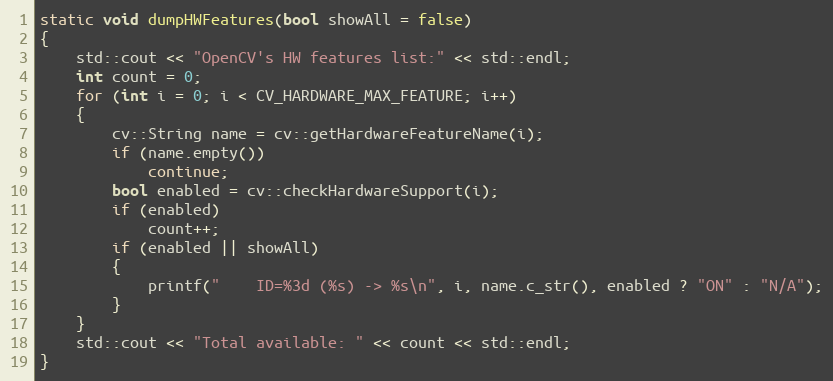
Language: C++
static void dumpHWFeatures(bool showAll = false)
{
    std::cout << "OpenCV's HW features list:" << std::endl;
    int count = 0;
    for (int i = 0; i < CV_HARDWARE_MAX_FEATURE; i++)
    {
        cv::String name = cv::getHardwareFeatureName(i);
        if (name.empty())
            continue;
        bool enabled = cv::checkHardwareSupport(i);
        if (enabled)
            count++;
        if (enabled || showAll)
        {
            printf("    ID=%3d (%s) -> %s\n", i, name.c_str(), enabled ? "ON" : "N/A");
        }
    }
    std::cout << "Total available: " << count << std::endl;
}